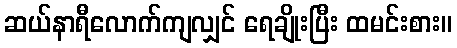
ဆယ်နာရီလောက်ကျလျှင် ရေချိုးပြီး ထမင်းစား။